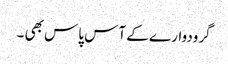
گرودوار ے کے آس پاس بھی ۔